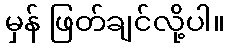
မှန် ဖြတ်ချင်လို့ပါ။